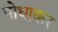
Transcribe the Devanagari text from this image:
पोधाकर